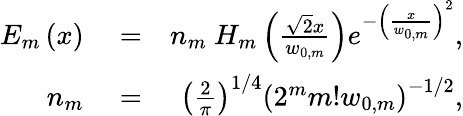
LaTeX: \begin{array}{rlr}{E_{m}\left(x\right)}&{{}=}&{n_{m}~H_{m}\left(\frac{\sqrt{2}x}{w_{0,m}}\right)e^{-\left(\frac{x}{w_{0,m}}\right)^{2}},}\\ {n_{m}}&{{}=}&{\left(\frac{2}{\pi}\right)^{1/4}\left(2^{m}m!w_{0,m}\right)^{-1/2},}\end{array}